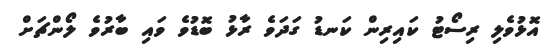
އޮޅުވެލި ރިސޯޓު ކައިރިން ކަނޑު ގަދަވެ ރާޅު ބޮޑުވެ ވައި ބާރުވެ ލޯންޗަށް